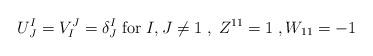
LaTeX: \begin{align*}U^{I}_{ J} = V^{J}_I = {\delta}^I_J \; {\rm for}\; I,J \neq 1\;,\; Z^{11}=1\;, W_{11} =-1\end{align*}